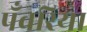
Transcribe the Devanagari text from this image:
पँवरिया